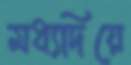
মধ্যদিয়ে